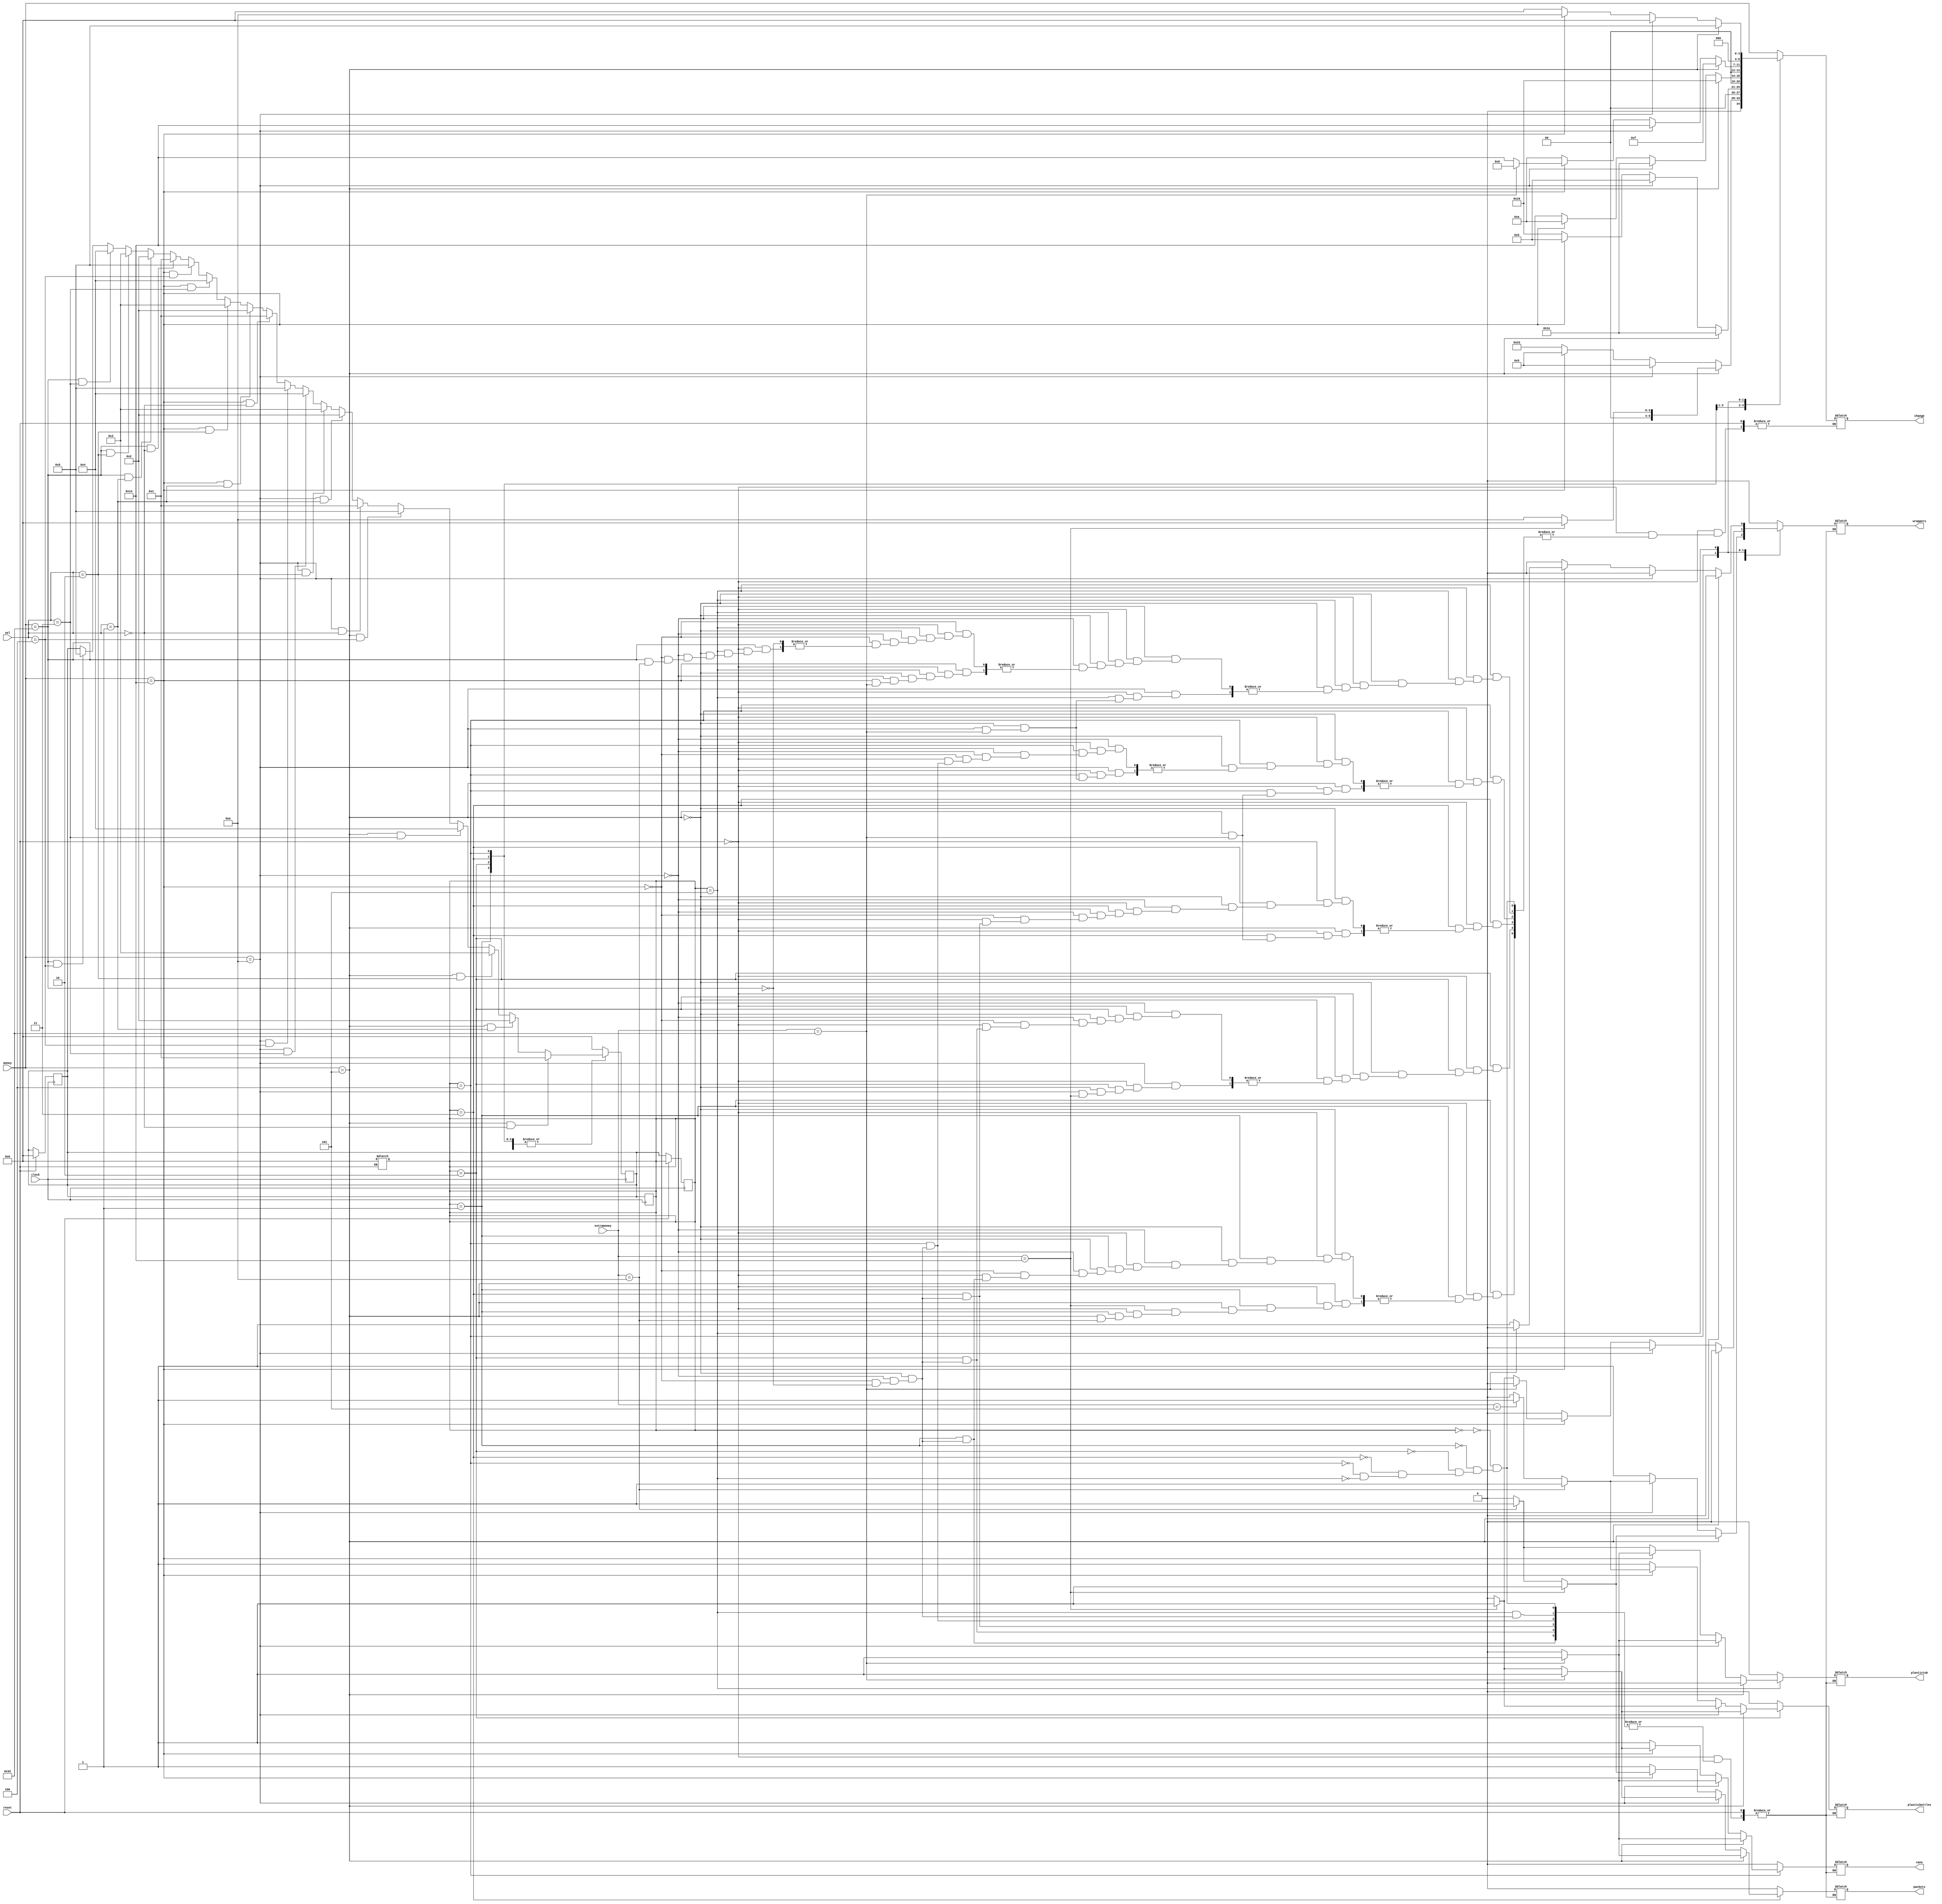
`timescale 1ns / 1ps
//////////////////////////////////////////////////////////////////////////////////
// Company: 
// Engineer: 
// 
// Design Name: 
// Module Name: vendingmachine_minor
// Project Name: 
// Target Devices: 
// Tool Versions: 
// Description: 
// 
// Dependencies: 
// 
// Revision:
// Revision 0.01 - File Created
// Additional Comments:
// 
//////////////////////////////////////////////////////////////////////////////////


module vendingmachine_minor(wrappers,plasticbottles,packets,cans,plastictub,change,money,sel,clock,reset,extramoney

    );
    input [6:0]money;    
    input [4:0]sel;
    input clock;
    input reset;
    input [6:0]extramoney;
    output reg wrappers,plasticbottles,packets,cans,plastictub;
    output reg [6:0]change;
    reg[3:0]ps,ns;
    parameter [6:0]money_5=6'd5;
    parameter [6:0]money_10=6'd10;
    parameter [6:0] money_20=6'd20;
    parameter [6:0]money_50=6'd50;
    parameter [3:0]sel_wrappers=3'b000;    
    parameter [3:0]sel_plasticbottles=3'b001;   
    parameter [3:0]sel_packets=3'b010;    
    parameter [3:0]sel_cans=3'b011;    
    parameter[3:0] sel_plastictubs=3'b100;   
    parameter[3:0] idle=3'b000;
    parameter[3:0] fifteen=3'b001;
    parameter [3:0]twentyfive=3'b010;
    parameter [3:0]thirty=3'b011;
    parameter [3:0]fourty=3'b100;
    parameter [3:0]sixty=3'b101;
    
  always@(posedge clock)
   if(reset)
     begin
        ns<=idle;
     end
     else
        ps<=ns;
        
        
    always@(posedge clock)
    begin
   
    case(ps)
   
    idle:
     
   if(money==money_5&&sel==sel_wrappers)
        ns<=fifteen;
   else if(money==money_5&&sel==sel_plasticbottles)
        ns<=twentyfive;
   else if(money==money_5&&sel==sel_packets)
        ns<=thirty;
   else if(money==money_5&&sel==sel_cans)
        ns<=fourty;
   else if(money==money_5&&sel==sel_plastictubs)
        ns<=sixty;
   else if(money==money_10&&sel==sel_wrappers)
        ns<=fifteen;
   else if(money==money_10&&sel==sel_plasticbottles)
        ns<=twentyfive;
   else if(money==money_10&&sel==sel_packets)
        ns<=thirty;
   else if(money==money_10&&sel==sel_cans)
        ns<=fourty;
   else if(money==money_10&&sel==sel_plastictubs)
        ns<=sixty;
   else if(money==money_20&&sel==sel_wrappers)
        ns<=fifteen;
   else if(money==money_20&&sel==sel_plasticbottles)
        ns<=twentyfive;
   else if(money==money_20&&sel==sel_packets)
        ns<=thirty;
   else if(money==money_20&&sel==sel_cans)
        ns<=fourty;
   else if(money==money_20&&sel==sel_plastictubs)
        ns<=sixty;  
   else if(money==money_50&&sel==sel_wrappers)
        ns<=fifteen;
   else if(money==money_50&&sel==sel_plasticbottles)
        ns<=twentyfive;
   else if(money==money_50&&sel==sel_packets)
        ns<=thirty;
   else if(money==money_50&&sel==sel_cans)
        ns<=fourty;
   else if(money==money_50&&sel==sel_plastictubs)
        ns<=sixty;  
                        
   fifteen:
            
          if(money==money_5&&sel==sel_wrappers)
               ns<=fifteen;
          else if(money==money_5&&sel==sel_plasticbottles)
               ns<=twentyfive;
          else if(money==money_5&&sel==sel_packets)
               ns<=thirty;
          else if(money==money_5&&sel==sel_cans)
               ns<=fourty;
          else if(money==money_5&&sel==sel_plastictubs)
               ns<=sixty;
          else if(money==money_10&&sel==sel_wrappers)
               ns<=fifteen;
          else if(money==money_10&&sel==sel_plasticbottles)
               ns<=twentyfive;
          else if(money==money_10&&sel==sel_packets)
               ns<=thirty;
          else if(money==money_10&&sel==sel_cans)
               ns<=fourty;
          else if(money==money_10&&sel==sel_plastictubs)
               ns<=sixty;
          else if(money==money_20&&sel==sel_wrappers)
               ns<=fifteen;
          else if(money==money_20&&sel==sel_plasticbottles)
               ns<=twentyfive;
          else if(money==money_20&&sel==sel_packets)
               ns<=thirty;
          else if(money==money_20&&sel==sel_cans)
               ns<=fourty;
          else if(money==money_20&&sel==sel_plastictubs)
               ns<=sixty;  
          else if(money==money_50&&sel==sel_wrappers)
               ns<=fifteen;
          else if(money==money_50&&sel==sel_plasticbottles)
               ns<=twentyfive;
          else if(money==money_50&&sel==sel_packets)
               ns<=thirty;
          else if(money==money_50&&sel==sel_cans)
               ns<=fourty;
          else if(money==money_50&&sel==sel_plastictubs)
               ns<=sixty;  
  twentyfive:           
   
    if(money==money_5&&sel==sel_wrappers)
       ns<=fifteen;
  else if(money==money_5&&sel==sel_plasticbottles)
       ns<=twentyfive;
  else if(money==money_5&&sel==sel_packets)
       ns<=thirty;
  else if(money==money_5&&sel==sel_cans)
       ns<=fourty;
  else if(money==money_5&&sel==sel_plastictubs)
       ns<=sixty;
  else if(money==money_10&&sel==sel_wrappers)
       ns<=fifteen;
  else if(money==money_10&&sel==sel_plasticbottles)
       ns<=twentyfive;
  else if(money==money_10&&sel==sel_packets)
       ns<=thirty;
  else if(money==money_10&&sel==sel_cans)
       ns<=fourty;
  else if(money==money_10&&sel==sel_plastictubs)
       ns<=sixty;
  else if(money==money_20&&sel==sel_wrappers)
       ns<=fifteen;
  else if(money==money_20&&sel==sel_plasticbottles)
       ns<=twentyfive;
  else if(money==money_20&&sel==sel_packets)
       ns<=thirty;
  else if(money==money_20&&sel==sel_cans)
       ns<=fourty;
  else if(money==money_20&&sel==sel_plastictubs)
       ns<=sixty;  
  else if(money==money_50&&sel==sel_wrappers)
       ns<=fifteen;
  else if(money==money_50&&sel==sel_plasticbottles)
       ns<=twentyfive;
  else if(money==money_50&&sel==sel_packets)
       ns<=thirty;
  else if(money==money_50&&sel==sel_cans)
       ns<=fourty;
  else if(money==money_50&&sel==sel_plastictubs)
       ns<=sixty;
       
  thirty:
  
    if(money==money_5&&sel==sel_wrappers)
       ns<=fifteen;
  else if(money==money_5&&sel==sel_plasticbottles)
       ns<=twentyfive;
  else if(money==money_5&&sel==sel_packets)
       ns<=thirty;
  else if(money==money_5&&sel==sel_cans)
       ns<=fourty;
  else if(money==money_5&&sel==sel_plastictubs)
       ns<=sixty;
  else if(money==money_10&&sel==sel_wrappers)
       ns<=fifteen;
  else if(money==money_10&&sel==sel_plasticbottles)
       ns<=twentyfive;
  else if(money==money_10&&sel==sel_packets)
       ns<=thirty;
  else if(money==money_10&&sel==sel_cans)
       ns<=fourty;
  else if(money==money_10&&sel==sel_plastictubs)
       ns<=sixty;
  else if(money==money_20&&sel==sel_wrappers)
       ns<=fifteen;
  else if(money==money_20&&sel==sel_plasticbottles)
       ns<=twentyfive;
  else if(money==money_20&&sel==sel_packets)
       ns<=thirty;
  else if(money==money_20&&sel==sel_cans)
       ns<=fourty;
  else if(money==money_20&&sel==sel_plastictubs)
       ns<=sixty;  
  else if(money==money_50&&sel==sel_wrappers)
       ns<=fifteen;
  else if(money==money_50&&sel==sel_plasticbottles)
       ns<=twentyfive;
  else if(money==money_50&&sel==sel_packets)
       ns<=thirty;
  else if(money==money_50&&sel==sel_cans)
       ns<=fourty;
  else if(money==money_50&&sel==sel_plastictubs)
       ns<=sixty;
       
  fourty:
  
   if(money==money_5&&sel==sel_wrappers)
       ns<=fifteen;
  else if(money==money_5&&sel==sel_plasticbottles)
       ns<=twentyfive;
  else if(money==money_5&&sel==sel_packets)
       ns<=thirty;
  else if(money==money_5&&sel==sel_cans)
       ns<=fourty;
  else if(money==money_5&&sel==sel_plastictubs)
       ns<=sixty;
  else if(money==money_10&&sel==sel_wrappers)
       ns<=fifteen;
  else if(money==money_10&&sel==sel_plasticbottles)
       ns<=twentyfive;
  else if(money==money_10&&sel==sel_packets)
       ns<=thirty;
  else if(money==money_10&&sel==sel_cans)
       ns<=fourty;
  else if(money==money_10&&sel==sel_plastictubs)
       ns<=sixty;
  else if(money==money_20&&sel==sel_wrappers)
       ns<=fifteen;
  else if(money==money_20&&sel==sel_plasticbottles)
       ns<=twentyfive;
  else if(money==money_20&&sel==sel_packets)
       ns<=thirty;
  else if(money==money_20&&sel==sel_cans)
       ns<=fourty;
  else if(money==money_20&&sel==sel_plastictubs)
       ns<=sixty;  
  else if(money==money_50&&sel==sel_wrappers)
       ns<=fifteen;
  else if(money==money_50&&sel==sel_plasticbottles)
       ns<=twentyfive;
  else if(money==money_50&&sel==sel_packets)
       ns<=thirty;
  else if(money==money_50&&sel==sel_cans)
       ns<=fourty;
  else if(money==money_50&&sel==sel_plastictubs)
       ns<=sixty;
       
  sixty:
  
   if(money==money_5&&sel==sel_wrappers)
       ns<=fifteen;
  else if(money==money_5&&sel==sel_plasticbottles)
       ns<=twentyfive;
  else if(money==money_5&&sel==sel_packets)
       ns<=thirty;
  else if(money==money_5&&sel==sel_cans)
       ns<=fourty;
  else if(money==money_5&&sel==sel_plastictubs)
       ns<=sixty;
  else if(money==money_10&&sel==sel_wrappers)
       ns<=fifteen;
  else if(money==money_10&&sel==sel_plasticbottles)
       ns<=twentyfive;
  else if(money==money_10&&sel==sel_packets)
       ns<=thirty;
  else if(money==money_10&&sel==sel_cans)
       ns<=fourty;
  else if(money==money_10&&sel==sel_plastictubs)
       ns<=sixty;
  else if(money==money_20&&sel==sel_wrappers)
       ns<=fifteen;
  else if(money==money_20&&sel==sel_plasticbottles)
       ns<=twentyfive;
  else if(money==money_20&&sel==sel_packets)
       ns<=thirty;
  else if(money==money_20&&sel==sel_cans)
       ns<=fourty;
  else if(money==money_20&&sel==sel_plastictubs)
       ns<=sixty;  
  else if(money==money_50&&sel==sel_wrappers)
       ns<=fifteen;
  else if(money==money_50&&sel==sel_plasticbottles)
       ns<=twentyfive;
  else if(money==money_50&&sel==sel_packets)
       ns<=thirty;
  else if(money==money_50&&sel==sel_cans)
       ns<=fourty;
  else if(money==money_50&&sel==sel_plastictubs)
       ns<=sixty;
  default:ns<=idle;
  endcase
  ps<=ns;
    end
    always@(ps,money)
    begin
     if(reset)
        ps<=idle;
        else
     case(ps)
     idle:begin
                      wrappers<=1'b0;
                      plasticbottles<=1'b0;
                      packets<=1'b0;
                      cans<=1'b0;
                      plastictub<=1'b0;
                      change=money;
                      end
  fifteen:begin
                      if(money==money_5)
                         begin
                         wrappers<=1'b0;
                         plasticbottles<=1'b0;
                         packets<=1'b0;
                         cans<=1'b0;
                         plastictub<=1'b0;
                                   if(extramoney==money_10)
                                    begin
                                    wrappers<=1'b1;
                                    plasticbottles<=1'b0;
                                    packets<=1'b0;
                                    cans<=1'b0;
                                    plastictub<=1'b0;                        
                                    end
                                    else
                                    change=6'd0;
                                    if(extramoney==money_20)
                                     begin
                                     wrappers<=1'b1;
                                     plasticbottles<=1'b0;
                                     packets<=1'b0;
                                     cans<=1'b0;
                                     plastictub<=1'b0;                        
                                     end
                                     else
                                     change=6'd10;
                           end
                      else if(money==money_10)
                          begin
                          wrappers<=1'b0;
                          plasticbottles<=1'b0;
                          packets<=1'b0;
                          cans<=1'b0;
                          plastictub<=1'b0;
                                           if(extramoney==money_5)
                                           begin
                                           wrappers<=1'b1;
                                           plasticbottles<=1'b0;
                                           packets<=1'b0;
                                           cans<=1'b0;
                                           plastictub<=1'b0;                        
                                           end
                                           change=6'd0;
                                          if(extramoney==money_10)
                                            begin
                                           wrappers<=1'b1;
                                           plasticbottles<=1'b0;
                                           packets<=1'b0;
                                           cans<=1'b0;
                                           plastictub<=1'b0;                        
                                           end
                                           change=6'd5;
                                           
 
                          end
                          else if(money==money_20)
                          begin
                          wrappers<=1'b1;
                          plasticbottles<=1'b0;
                          packets<=1'b0;
                          cans<=1'b0;
                          plastictub<=1'b0;
                          change=6'd5;
                          end
                          else if(money==money_50)
                          begin
                          wrappers<=1'b1;
                          plasticbottles<=1'b0;
                          packets<=1'b0;
                          cans<=1'b0;
                          plastictub<=1'b0;
                          change=6'd35;
                          end
                          end
twentyfive:begin  
                          if(money==money_5)
                          begin
                          wrappers<=1'b0;
                          plasticbottles<=1'b0;
                          packets<=1'b0;
                          cans<=1'b0;
                          plastictub<=1'b0;
                                      if(extramoney==money_20)
                                       begin
                                       wrappers<=1'b0;
                                       plasticbottles<=1'b1;
                                       packets<=1'b0;
                                       cans<=1'b0;
                                       plastictub<=1'b0;                        
                                       end
                                       else
                                       change=6'd0;
                                       if(extramoney==money_50)
                                        begin
                                       wrappers<=1'b0;
                                       plasticbottles<=1'b1;
                                       packets<=1'b0;
                                       cans<=1'b0;
                                       plastictub<=1'b0;                        
                                       end
                                       change=6'd30;
                          end
                          else if(money==money_10)
                          begin
                          wrappers<=1'b0;
                          plasticbottles<=1'b0;
                          packets<=1'b0;
                          cans<=1'b0;
                          plastictub<=1'b0;                       
                                        if(extramoney==money_20)
                                         begin
                                         wrappers<=1'b0;
                                         plasticbottles<=1'b1;
                                         packets<=1'b0;
                                         cans<=1'b0;
                                         plastictub<=1'b0;                        
                                         end
                                         else

                                         change=6'd5;
                          end
                          else if(money==money_20)
                          begin
                          wrappers<=1'b0;
                          plasticbottles<=1'b0;
                          packets<=1'b0;
                          cans<=1'b0;
                          plastictub<=1'b0;
                                         if(extramoney==money_5)
                                         begin
                                         wrappers<=1'b0;
                                         plasticbottles<=1'b1;
                                         packets<=1'b0;
                                         cans<=1'b0;
                                         plastictub<=1'b0;                        
                                         end
                                         else
                                         change=6'd0;
                                         if(extramoney==money_10)
                                          begin
                                         wrappers<=1'b0;
                                         plasticbottles<=1'b1;
                                         packets<=1'b0;
                                         cans<=1'b0;
                                         plastictub<=1'b0;                        
                                         end
                                         change=6'd5;
                          end
                          else if(money==money_50)
                          begin
                          wrappers<=1'b0;
                          plasticbottles<=1'b1;
                          packets<=1'b0;
                          cans<=1'b0;
                          plastictub<=1'b0;
                          change=6'd25;
                          end
                          end
 thirty:begin
                      if(money==money_5)
                             begin
                             wrappers<=1'b0;
                             plasticbottles<=1'b0;
                             packets<=1'b0;
                             cans<=1'b0;
                             plastictub<=1'b0;
                             if(extramoney==money_50)
                             begin
                             wrappers<=1'b0;
                             plasticbottles<=1'b0;
                             packets<=1'b1;
                             cans<=1'b0;
                             plastictub<=1'b0;                        
                             end
                             else
                             change=6'd25;
                             end
                          else if(money==money_10)
                              begin
                              wrappers<=1'b0;
                              plasticbottles<=1'b0;
                              packets<=1'b0;
                              cans<=1'b0;
                              plastictub<=1'b0;
                               if(extramoney==money_20)
                                 begin
                                 wrappers<=1'b0;
                                 plasticbottles<=1'b0;
                                 packets<=1'b1;
                                 cans<=1'b0;
                                 plastictub<=1'b0;                        
                                 end
                             else
                              change=6'd10;
                              if(extramoney==money_50)
                               begin
                              wrappers<=1'b0;
                              plasticbottles<=1'b0;
                              packets<=1'b1;
                              cans<=1'b0;
                              plastictub<=1'b0;                        
                              end
                              change=6'd30;
                              end
                           else if(money==money_20)
                              begin
                              wrappers<=1'b0;
                              plasticbottles<=1'b0;
                              packets<=1'b0;
                              cans<=1'b0;
                              plastictub<=1'b0;
                               if(extramoney==money_10)
                                 begin
                                 wrappers<=1'b0;
                                 plasticbottles<=1'b0;
                                 packets<=1'b1;
                                 cans<=1'b0;
                                 plastictub<=1'b0;                        
                                 end
                          else
                              change=6'd0;
                              if(extramoney==money_20)
                               begin
                              wrappers<=1'b0;
                              plasticbottles<=1'b0;
                              packets<=1'b1;
                              cans<=1'b0;
                              plastictub<=1'b0;                        
                              end
                              change=6'd10;
                              end
                              else if(money==money_50)
                              begin
                              wrappers<=1'b0;
                              plasticbottles<=1'b0;
                              packets<=1'b1;
                              cans<=1'b0;
                              plastictub<=1'b0;
                              change=6'd20;
                              end
                              end 
   fourty:begin
                      if(money==money_5)
                                 begin
                                 wrappers<=1'b0;
                                 plasticbottles<=1'b0;
                                 packets<=1'b0;
                                 cans<=1'b0;
                                 plastictub<=1'b0;
                                 if(extramoney==money_50)
                                 begin
                                 wrappers<=1'b0;
                                 plasticbottles<=1'b0;
                                 packets<=1'b0;
                                 cans<=1'b1;
                                 plastictub<=1'b0;                        
                                 end
                                 else
                                 change=6'd15;
                                 end
                              else if(money==money_10)
                                  begin
                                  wrappers<=1'b0;
                                  plasticbottles<=1'b0;
                                  packets<=1'b0;
                                  cans<=1'b0;
                                  plastictub<=1'b0;
                                  if(extramoney==money_50)
                                  begin
                                  wrappers<=1'b0;
                                  plasticbottles<=1'b0;
                                  packets<=1'b0;
                                  cans<=1'b1;
                                  plastictub<=1'b0;                        
                                  end
                                  else
                                  change=6'd20;
                                  end
                               else if(money==money_20)
                                  begin
                                  wrappers<=1'b0;
                                  plasticbottles<=1'b0;
                                  packets<=1'b0;
                                  cans<=1'b0;
                                  plastictub<=1'b0;
                                  if(extramoney==money_20)
                                   begin
                                  wrappers<=1'b1;
                                  plasticbottles<=1'b0;
                                  packets<=1'b0;
                                  cans<=1'b1;
                                  plastictub<=1'b0;                        
                                  end
                                  change=6'd0;
                                 if(extramoney==money_50)
                                    begin
                                    wrappers<=1'b0;
                                    plasticbottles<=1'b0;
                                    packets<=1'b0;
                                    cans<=1'b1;
                                    plastictub<=1'b0;                        
                                    end
                                    else
                                  change=6'd20;
                                  end
                                  else if(money==money_50)
                                  begin
                                  wrappers<=1'b0;
                                  plasticbottles<=1'b0;
                                  packets<=1'b0;
                                  cans<=1'b1;
                                  plastictub<=1'b0;
                                  change=6'd10;
                                  end
                                  end          
  sixty:begin                      
                                  if(money==money_5)
                                  begin
                                  wrappers<=1'b0;
                                  plasticbottles<=1'b0;
                                  packets<=1'b0;
                                  cans<=1'b0;
                                  plastictub<=1'b0;
                                  change=6'd5;
                                  end
                               else if(money==money_10)
                                   begin
                                   wrappers<=1'b0;
                                   plasticbottles<=1'b0;
                                   packets<=1'b0;
                                   cans<=1'b0;
                                   plastictub<=1'b0;
                                   if(extramoney==money_50)
                                      begin
                                      wrappers<=1'b0;
                                      plasticbottles<=1'b0;
                                      packets<=1'b0;
                                      cans<=1'b0;
                                      plastictub<=1'b1;                        
                                      end
                                   else
                                   change=6'd0;
                                   end
                                else if(money==money_20)
                                   begin
                                   wrappers<=1'b1;
                                   plasticbottles<=1'b0;
                                   packets<=1'b0;
                                   cans<=1'b0;
                                   plastictub<=1'b0;
                                   if(extramoney==money_50)
                                   begin
                                   wrappers<=1'b0;
                                   plasticbottles<=1'b0;
                                   packets<=1'b0;
                                   cans<=1'b0;
                                   plastictub<=1'b1;                        
                                   end
                                   else
                                   change=6'd10;
                                   end
                                   else if(money==money_50)
                                   begin
                                   wrappers<=1'b0;
                                   plasticbottles<=1'b0;
                                   packets<=1'b0;
                                   cans<=1'b0;
                                   plastictub<=1'b0;
                                   if(extramoney==money_10)
                                   begin
                                   wrappers<=1'b0;
                                   plasticbottles<=1'b0;
                                   packets<=1'b0;
                                   cans<=1'b0;
                                   plastictub<=1'b1;                        
                                   end
                                   else
                                   change=6'd0;
                                   end
                                   end                     
              
     endcase
     
    end
    
          
               
         
    
endmodule